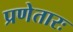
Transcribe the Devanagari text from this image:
प्रणेतारः